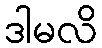
ဒါမလိ